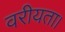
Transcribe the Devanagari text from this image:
वरीयता।